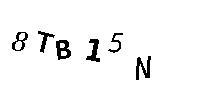
8TB15N